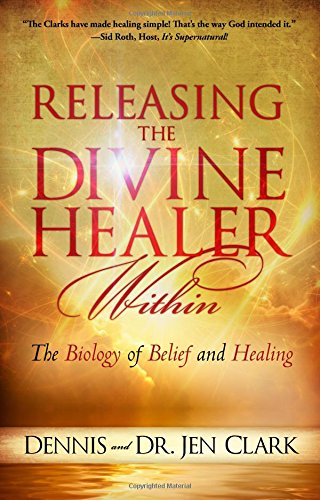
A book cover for Releasing the Divine Healer Within: The Biology of Belief and Healing; Dennis Clark; Christian Books & Bibles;